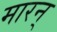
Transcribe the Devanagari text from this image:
मारन्